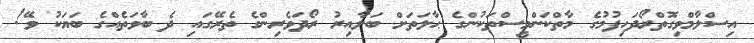
އިސްލާމްވިގޮތްރޯދަހިފުމުގެ މާތްކަންމީސްތަކުންގެ ޙާލަތަށް ބަލާއިރު ރޯދަވެރިންގެ ތެރޭގައި ދެ ބާވަތެއްގެ ބަޔަކު ވޭ!